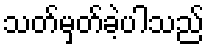
သတ်မှတ်ခဲ့ပါသည်